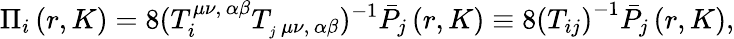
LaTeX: \Pi_{i}\left(r,K\right)=8(T_{i}^{\mu\nu,\, \alpha\beta}T_{_j\, \mu\nu,\, \alpha\beta})^{-1}\bar{P}_{j}\left(r,K\right)\equiv 8\left(T_{ij}\right)^{-1}\bar{P}_{j}\left(r,K\right),